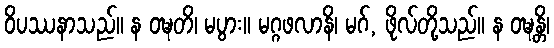
ဝိပဿနာသည်။ န ဝဍ္ဎတိ၊ မပွား။ မဂ္ဂဖလာနိ၊ မဂ်, ဖိုလ်တို့သည်။ န ဝဍ္ဎန္တိ၊